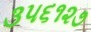
૩૫૬૧૨૭